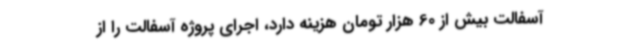
آسفالت بیش از 60 هزار تومان هزینه دارد، اجرای پروژه آسفالت را از